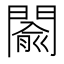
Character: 𨵦